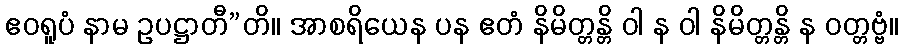
ဧဝရူပံ နာမ ဥပဋ္ဌာတီ”တိ။ အာစရိယေန ပန ဧတံ နိမိတ္တန္တိ ဝါ န ဝါ နိမိတ္တန္တိ န ဝတ္တဗ္ဗံ။